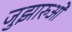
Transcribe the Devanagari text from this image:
जुझारुओं